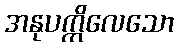
အနုပက္ကိလေသော